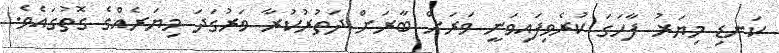
ކަނޑި މިޔަރު ފާހަގަ ކުރެވިފައިވަނީ ވަރަށް ބާރަށް ދަތުރުކުރާ ވަރުގަދަ މިޔަރެއްގެ ގޮތުގައެވެ.